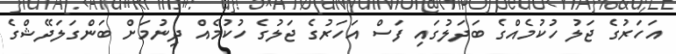
އަހަރުގެ ޖަލު ހުކުމެއްގެ ބަދަލުގައި ފަސް އަހަރުގެ ޖަލުގެ ހުކުމެއް ދިނުމަށް ބަންގަލަދޭޝްގެ